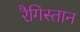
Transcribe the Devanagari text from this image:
रैगिस्तान